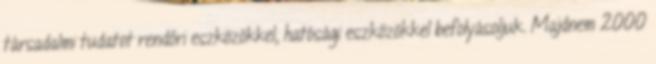
társadalmi tudatot rendőri eszközökkel, hatósági eszközökkel befolyásoljuk. Majdnem 2000